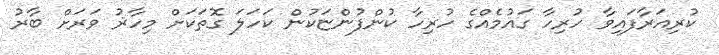
ކުރިއަރާފައިވާ ހުރިހާ ގައުމެއްގެ ހުރިހާ ކުންފުންޏަކުން ކަހަލަ ގޮތަކަށް މިހާޜު ވަރަށް ބާރު